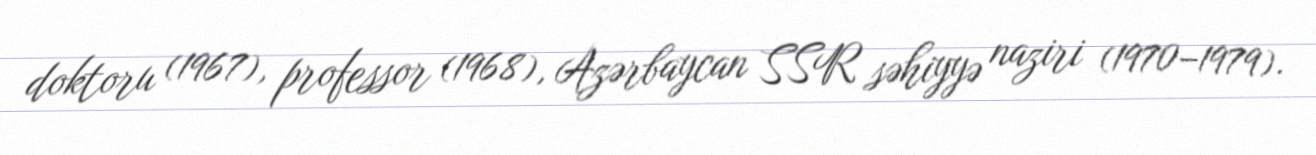
doktoru (1967), professor (1968), Azərbaycan SSR səhiyyə naziri (1970–1979).